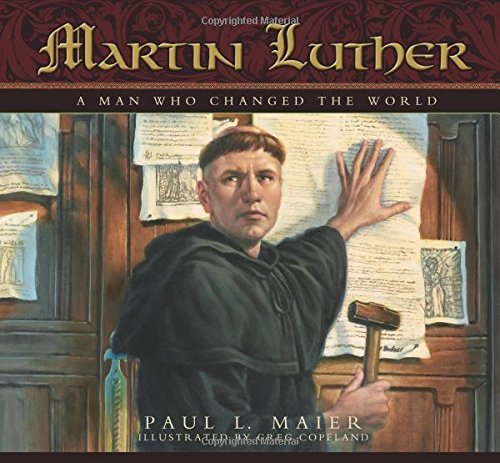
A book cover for Martin Luther: A Man Who Changed The World; Paul L. Maier; Children's Books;